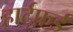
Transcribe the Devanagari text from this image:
हार्टफ़र्ड